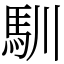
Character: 馴